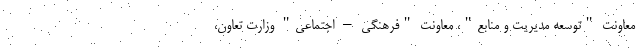
معاونت "توسعه مدیریت و منابع"، معاونت "فرهنگی – اجتماعی" وزارت تعاون،